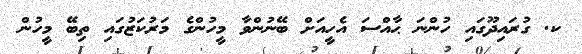
ކ. ގުރައިދޫގައި ހުންނަ ޙާއްސަ އެހީއަށް ބޭނުންވާ މީހުންގެ މަރުކަޒުގައި ތިބޭ މީހުން